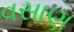
વસાણ